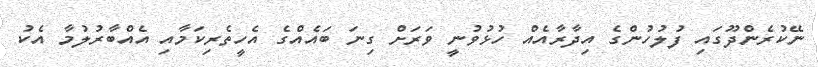
ނޭކުރެންދޫގައި ފުލުހުންގެ އިދާރާއެއް ހުޅުވުނީ ވަރަށް ގިނަ ބައެއްގެ އެހީތެރިކަމާއި އެއްބާރުލުމާ އެކު